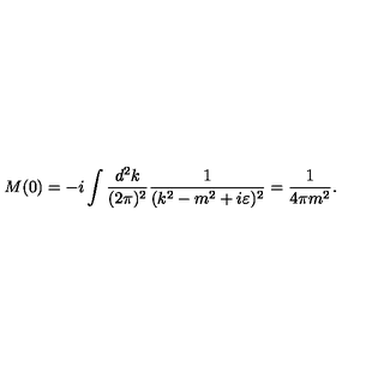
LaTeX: M ( 0 ) = - i \int \frac { d ^ { 2 } k } { ( 2 \pi ) ^ { 2 } } \frac { 1 } { ( k ^ { 2 } - m ^ { 2 } + i \varepsilon ) ^ { 2 } } = \frac { 1 } { 4 \pi m ^ { 2 } } .